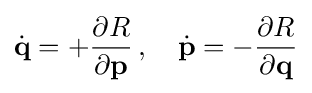
{\dot {\mathbf {q} }}=+{\frac {\partial R}{\partial \mathbf {p} }}\,,\quad {\dot {\mathbf {p} }}=-{\frac {\partial R}{\partial \mathbf {q} }}